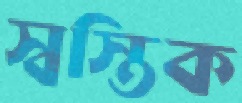
স্বস্তিক